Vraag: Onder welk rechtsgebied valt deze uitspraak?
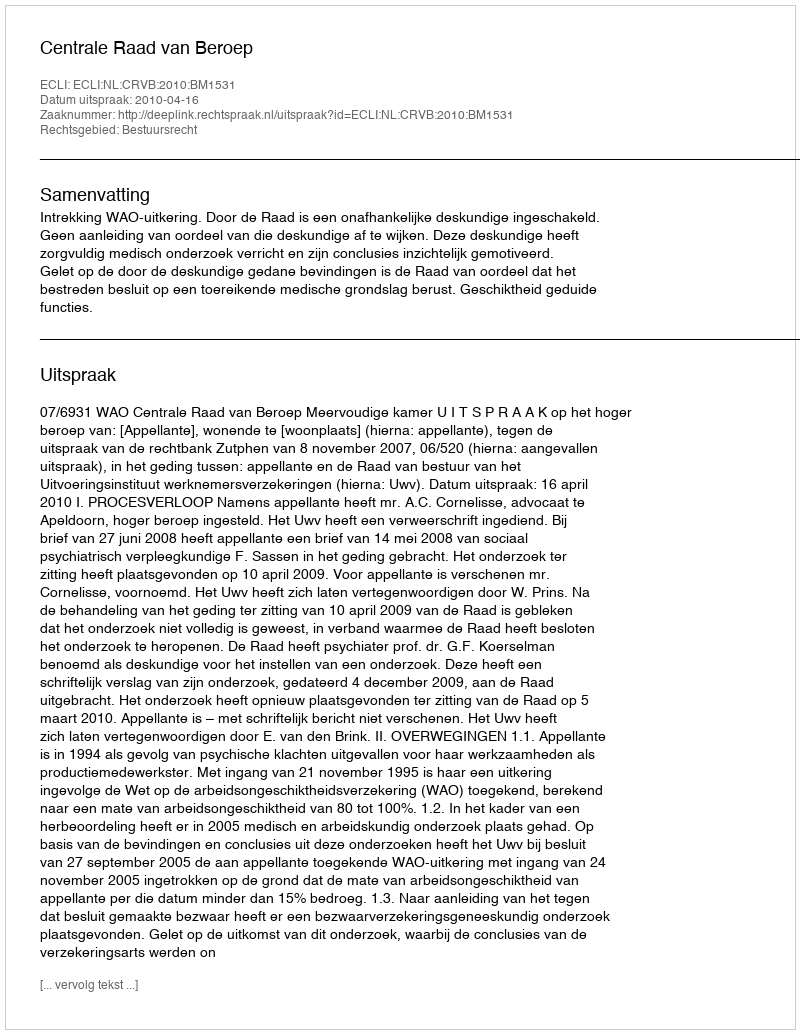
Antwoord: Bestuursrecht